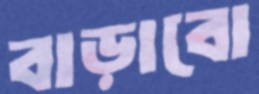
বাড়াবো